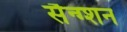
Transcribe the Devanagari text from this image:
सैन्ग्शन